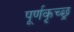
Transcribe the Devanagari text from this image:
पूर्णकृच्छ्र